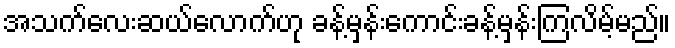
အသက်လေးဆယ်လောက်ဟု ခန့်မှန်းကောင်းခန့်မှန်းကြလိမ့်မည်။